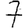
Digit: 7